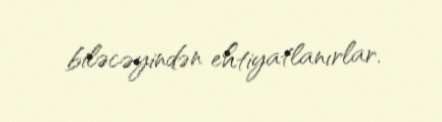
biləcəyindən ehtiyatlanırlar.